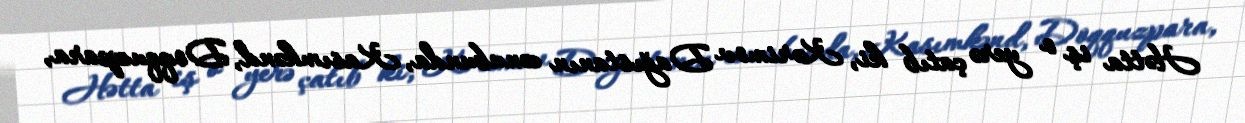
Hətta iş o yerə çatıb ki, Kərimov Dağıstanın cənubunda, Kasımkənd, Doqquzpara,